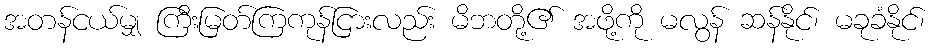
အတန်ငယ်မျှ ကြီးမြတ်ကြကုန်ငြားလည်း မိဘတို့၏ အဖို့ကို မလွန် ဆန်နိုင်၊ မခုခံနိုင်၊